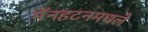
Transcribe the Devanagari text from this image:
मॅनहटनमधले